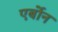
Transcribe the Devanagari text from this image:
एर्बोन